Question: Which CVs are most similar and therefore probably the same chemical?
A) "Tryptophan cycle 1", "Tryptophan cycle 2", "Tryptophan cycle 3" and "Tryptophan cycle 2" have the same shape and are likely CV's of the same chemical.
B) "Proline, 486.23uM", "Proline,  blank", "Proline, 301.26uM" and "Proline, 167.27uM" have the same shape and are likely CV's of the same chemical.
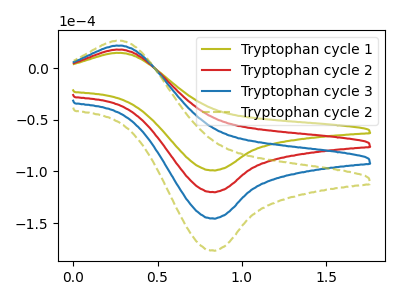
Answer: <think>The olive curve "Tryptophan cycle 1" has an anodic peak at (0.30V, 14.95uA) and a cathodic peak at (0.80V, -98.90uA). The red curve "Tryptophan cycle 2" has an anodic peak at (0.30V, 18.15uA) and a cathodic peak at (0.80V, -120.00uA). The blue curve "Tryptophan cycle 3" has an anodic peak at (0.30V, 36.25uA) and a cathodic peak at (0.80V, -239.95uA). The olive dashed curve "Tryptophan cycle 2" has an anodic peak at (0.30V, 54.40uA) and a cathodic peak at (0.80V, -359.95uA).
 All the peaks in "Tryptophan cycle 1" have a peak in "Tryptophan cycle 2" at the same potential. Every peak in "Tryptophan cycle 1" is lower than every peak in "Tryptophan cycle 2". All the peaks in "Tryptophan cycle 1" have a peak in "Tryptophan cycle 3" at the same potential. Every peak in "Tryptophan cycle 1" is lower than every peak in "Tryptophan cycle 3". All the peaks in "Tryptophan cycle 1" have a peak in "Tryptophan cycle 2" at the same potential. Every peak in "Tryptophan cycle 1" is lower than every peak in "Tryptophan cycle 2". All the peaks in "Tryptophan cycle 2" have a peak in "Tryptophan cycle 3" at the same potential. Every peak in "Tryptophan cycle 2" is lower than every peak in "Tryptophan cycle 3". All the peaks in "Tryptophan cycle 2" have a peak in "Tryptophan cycle 2" at the same potential. Every peak in "Tryptophan cycle 2" is lower than every peak in "Tryptophan cycle 2". All the peaks in "Tryptophan cycle 3" have a peak in "Tryptophan cycle 2" at the same potential. Every peak in "Tryptophan cycle 3" is lower than every peak in "Tryptophan cycle 2".</think>
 <answer>A) "Tryptophan cycle 1", "Tryptophan cycle 2", "Tryptophan cycle 3" and "Tryptophan cycle 2" have the same shape and are likely CV's of the same chemical.</answer>
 <eval>A</eval>